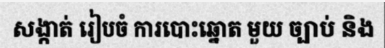
សង្កាត់ រៀបចំ ការបោះឆ្នោត មួយ ច្បាប់ និង